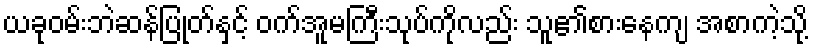
ယခုဝမ်းဘဲဆန်ပြုတ်နှင့် ဝက်အူမကြီးသုပ်ကိုလည်း သူ၏စားနေကျ အစာကဲ့သို့